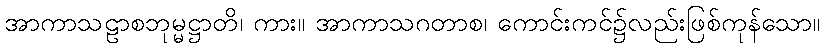
အာကာသဠာစဘုမ္မဋ္ဌာတိ၊ ကား။ အာကာသဂတာစ၊ ကောင်းကင်၌လည်းဖြစ်ကုန်သော။